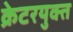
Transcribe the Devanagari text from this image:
क्रेटरयुक्त